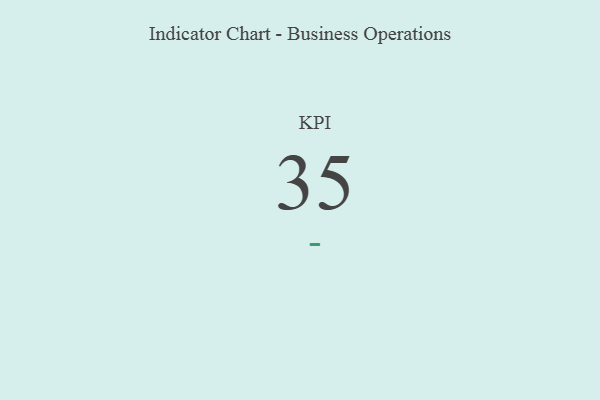
{"axis": {"x": "KPI", "y": "Value"}, "legend": [""], "data": [{"x": "KPI", "y": 35, "type": ""}]}